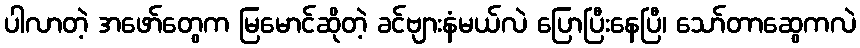
ပါလာတဲ့ အဖော်တွေက မြမောင်ဆိုတဲ့ ခင်ဗျားနံမယ်လဲ ပြောပြီးနေပြီ၊ သော်တာဆွေကလဲ